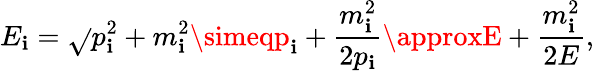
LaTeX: E_{\mathbf{i}}={\sqrt{}{{p_{\mathbf{i}}^{2}+m_{\mathbf{i}}^{2}}}}\simeqp_{\mathbf{i}}+{\frac{{m_{\mathbf{i}}^{2}}}{{2p_{\mathbf{i}}}}}\approxE+{\frac{{m_{\mathbf{i}}^{2}}}{{2E}}},